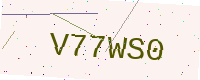
Text: V77WS0